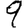
Digit: 9